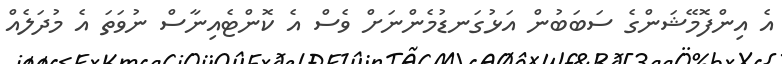
އެ އިންފޮމޭޝަންގެ ސަބަބުން އަޅުގަނޑުމެންނަށް ވެސް އެ ކޮންޓެއިނާސް ނުވަތަ އެ މުދަލެއް